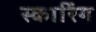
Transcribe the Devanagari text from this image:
स्कार्रिंग